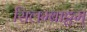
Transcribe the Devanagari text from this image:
सिलम्बाट्टम्